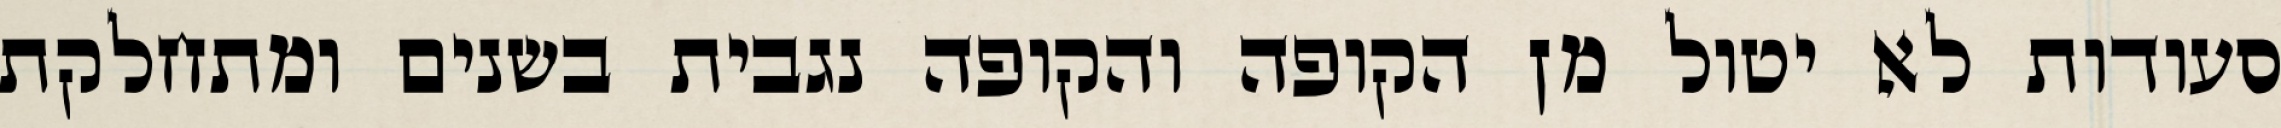
סעודות לא יטול מן הקופה והקופה נגבית בשנים ומתחלקת